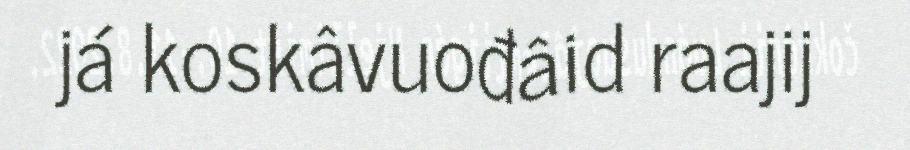
já koskâvuođâid raajij